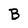
Character: B